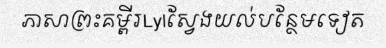
ភាសាព្រះគម្ពីរLylស្វែងយល់បន្ថែមទៀត